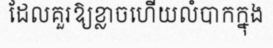
ដែលគួរឱ្យខ្លាចហើយលំបាកក្នុង